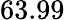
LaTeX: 63.99